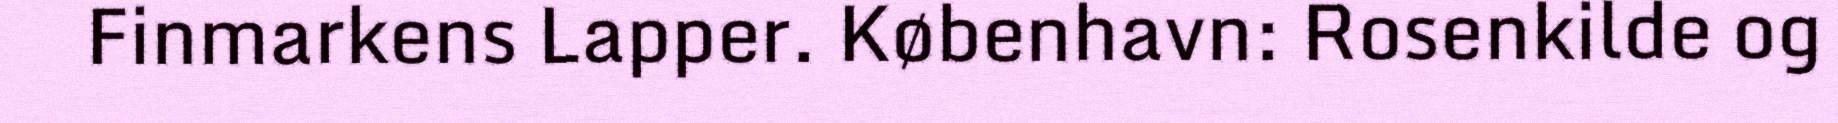
Finmarkens Lapper. København: Rosenkilde og